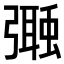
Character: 𢐩